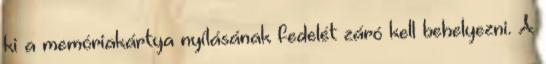
ki a memóriakártya nyílásának fedelét záró kell behelyezni. A